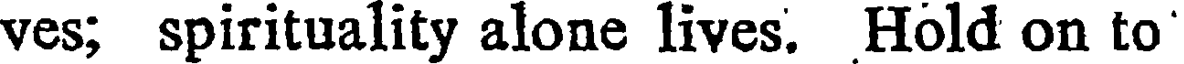
ves; spirituality alone lives. Hold on to